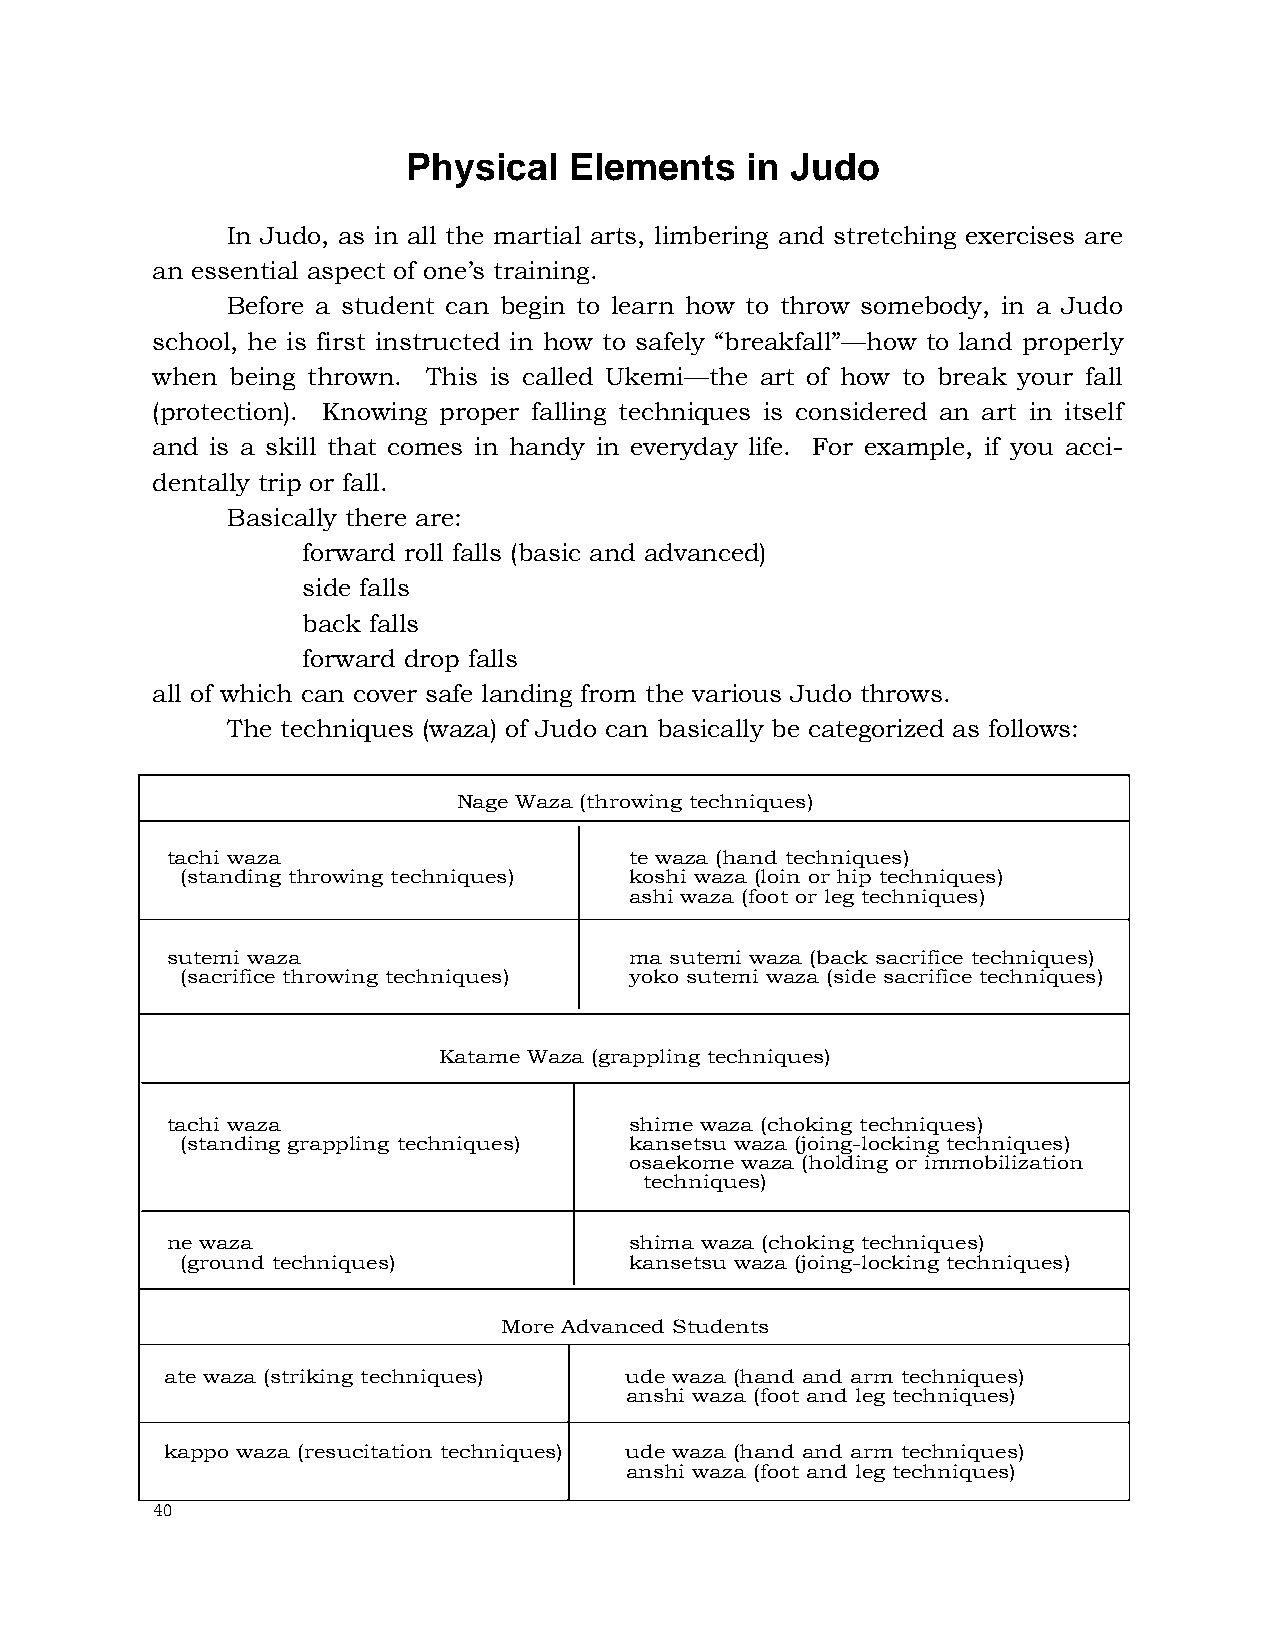
Physical   Elements   in Judo
 In Judo, as in all the martial arts, limbering and stretching exercises are
 an essential aspect of one’s training.
 Before a student can begin to learn how to throw somebody, in a Judo
 school, he is first instructed in how to safely “breakfall”—how to land properly
 when being thrown. This is called Ukemi—the art of how to break your fall
 (protection). Knowing proper falling techniques is considered an art in itself
 and is a skill that comes in handy in everyday life. For example, if you acci-
 dentally trip or fall.
 Basically there are:
 forward roll falls (basic and advanced)
 side falls
 back falls
 forward drop falls
 all of which can cover safe landing from the various Judo throws.
 The techniques (waza) of Judo can basically be categorized as follows:
 Nage Waza (throwing techniques)
 tachi waza                     te waza (hand techniques)
 (standing throwing techniques) koshi waza (loin or hip techniques)
 ashi waza (foot or leg techniques)
 sutemi waza                    ma sutemi waza (back sacrifice techniques)
 (sacrifice throwing techniques) yoko sutemi waza (side sacrifice techniques)
 Katame Waza (grappling techniques)
 tachi waza                     shime waza (choking techniques)
 (standing grappling techniques) kansetsu waza (joing-locking techniques)
 osaekome waza (holding or immobilization
 techniques)
 ne waza                        shima waza (choking techniques)
 (ground techniques)           kansetsu waza (joing-locking techniques)
 More Advanced Students
 ate waza (striking techniques) ude waza (hand and arm techniques)
 anshi waza (foot and leg techniques)
 kappo waza (resucitation techniques) ude waza (hand and arm techniques)
 anshi waza (foot and leg techniques)
 40